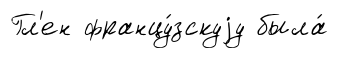
Гл'ен францу́зскуjу была́